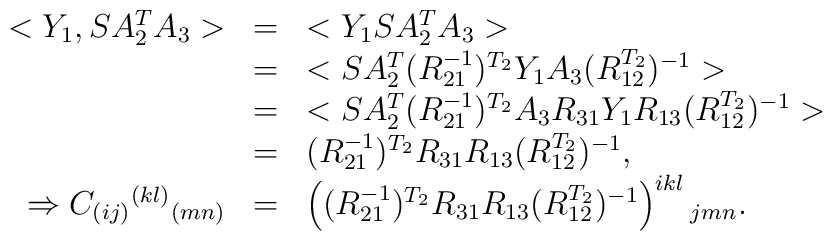
\begin{array}{rcl}<Y_1,SA^T_2 A_3> & = & <Y_1 SA^T_2 A_3>\\                 & = & <SA^T_2 (R_{21}^{-1})^{T_2}                        Y_1 A_3 (R_{12}^{T_2})^{-1}>\\                 & = & <SA^T_2 (R_{21}^{-1})^{T_2} A_3                        R_{31} Y_1 R_{13} (R_{12}^{T_2})^{-1}>\\                 & = & (R_{21}^{-1})^{T_2} R_{31}  R_{13}                       (R_{12}^{T_2})^{-1},\\\Rightarrow C_{(ij)}{}^{(kl)}{}_{(mn)} & = &  \left((R_{21}^{-1})^{T_2} R_{31}  R_{13} (R_{12}^{T_2})^{-1}\right)^{ikl}{}_{jmn}.\end{array}